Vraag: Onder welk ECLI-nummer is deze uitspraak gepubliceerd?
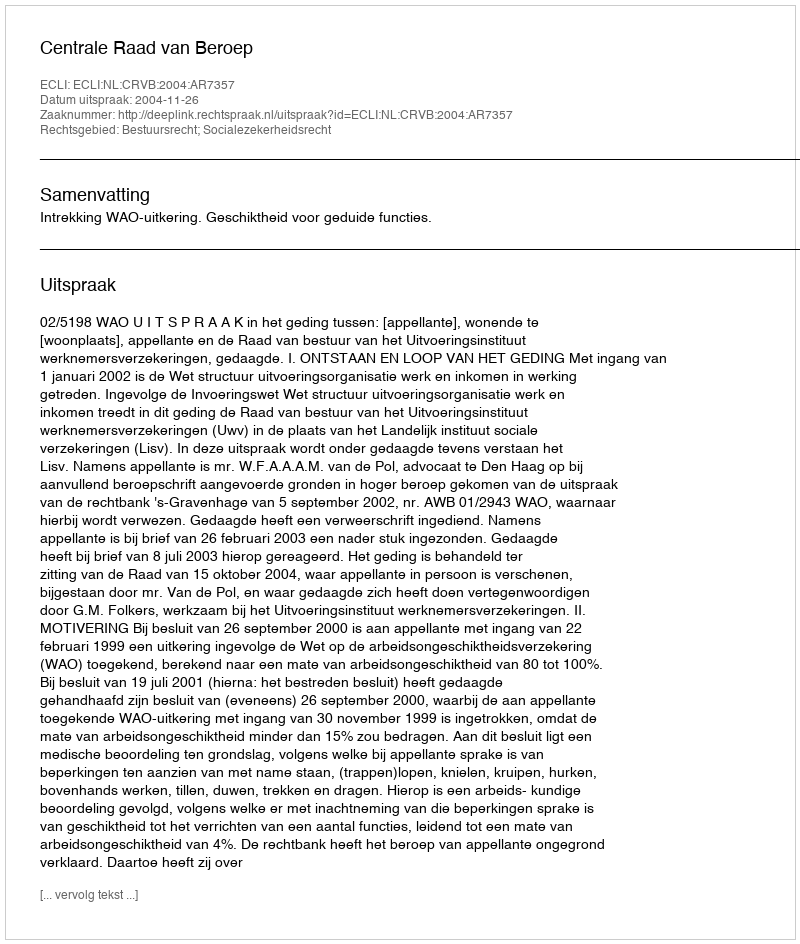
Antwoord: ECLI:NL:CRVB:2004:AR7357